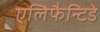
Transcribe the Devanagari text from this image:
एलिफैन्टिडे